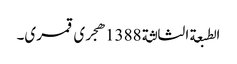
الطبعة الثالثة 1388هجری قمری۔